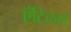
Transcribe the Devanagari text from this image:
ऍंटिलस्‌